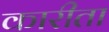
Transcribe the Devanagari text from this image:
कारीता